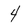
Character: 4